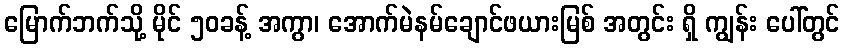
မြောက်ဘက်သို့ မိုင် ၅၀ခန့် အကွာ၊ အောက်မဲနမ်ချောင်ဖယားမြစ် အတွင်း ရှိ ကျွန်း ပေါ်တွင်